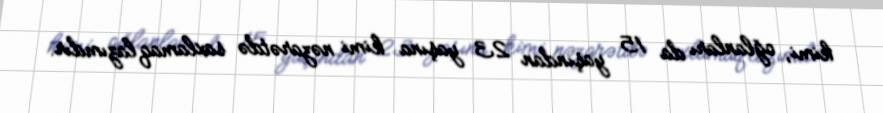
kimi, oğlanları da 15 yaşından 23 yaşına kimi nəzarətdə saxlamaq lazımdır.